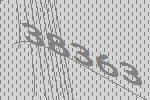
38363